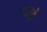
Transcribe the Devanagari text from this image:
सजाईं